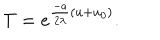
LaTeX: T = e ^ { \frac { - a } { 2 \lambda } ( u + u _ { 0 } ) } .